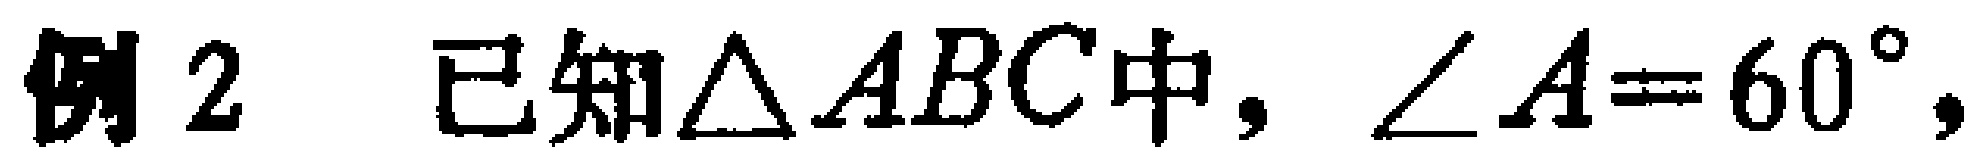
例2 已知$\triangle ABC$中，$\angle A = 60^{\circ}$，